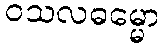
ဝသလဓမ္မော